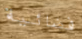
فضائية